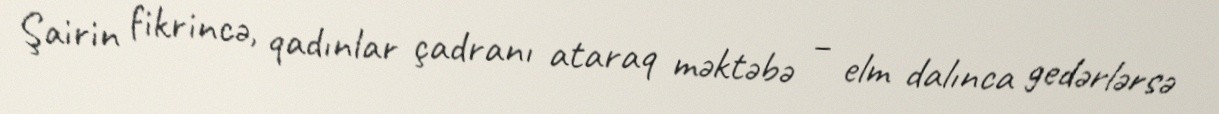
Şairin fikrincə, qadınlar çadranı ataraq məktəbə – elm dalınca gedərlərsə